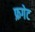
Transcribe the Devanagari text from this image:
फ्रगेट